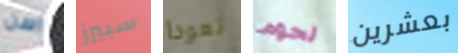
اسن سبيرز تعودا لحوم بعشرين